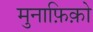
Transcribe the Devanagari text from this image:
मुनाफ़िक़ो